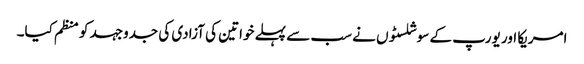
امریکا اور یورپ کے سوشلسٹوں نے سب سے پہلے خواتین کی آزادی کی جدوجہد کو منظم کیا۔